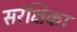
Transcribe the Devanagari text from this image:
सरंक्षिका